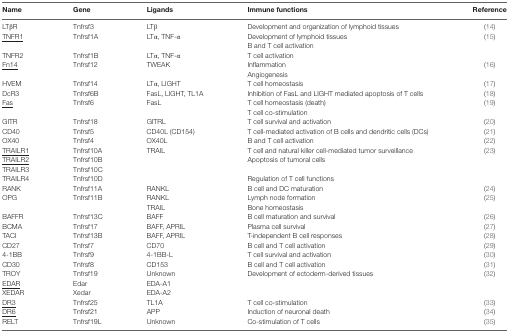
<table><thead><tr><td><b>Name</b></td><td><b>Gene</b></td><td><b>Ligands</b></td><td><b>Immune functions</b></td><td><b>Reference</b></td></tr></thead><tbody><tr><td>LTβR</td><td>Tnfrsf3</td><td>LTβ</td><td>Development and organization of lymphoid tissues</td><td>(14)</td></tr><tr><td><underline>TNFR1</underline></td><td>Tnfrsf1A</td><td>LTα, TNF-α</td><td>Development of lymphoid tissuesB and T cell activation</td><td rowspan="2">(15)</td></tr><tr><td>TNFR2</td><td>Tnfrsf1B</td><td>LTα, TNF-α</td><td>T cell activation</td></tr><tr><td><underline>Fn14</underline></td><td>Tnfrsf12</td><td>TWEAK</td><td>InflammationAngiogenesis</td><td>(16)</td></tr><tr><td>HVEM</td><td>Tnfrsf14</td><td>LTα, LIGHT</td><td>T cell homeostasis</td><td>(17)</td></tr><tr><td>DcR3</td><td>Tnfrsf6B</td><td>FasL, LIGHT, TL1A</td><td>Inhibition of FasL and LIGHT mediated apoptosis of T cells</td><td>(18)</td></tr><tr><td><underline>Fas</underline></td><td>Tnfrsf6</td><td>FasL</td><td>T cell homeostasis (death)T cell co-stimulation</td><td>(19)</td></tr><tr><td>GITR</td><td>Tnfrsf18</td><td>GITRL</td><td>T cell survival and activation</td><td>(20)</td></tr><tr><td>CD40</td><td>Tnfrsf5</td><td>CD40L (CD154)</td><td>T cell-mediated activation of B cells and dendritic cells (DCs)</td><td>(21)</td></tr><tr><td>OX40</td><td>Tnfrsf4</td><td>OX40L</td><td>B and T cell activation</td><td>(22)</td></tr><tr><td><underline>TRAILR1</underline></td><td>Tnfrsf10A</td><td rowspan="4">TRAIL</td><td rowspan="4">T cell and natural killer cell-mediated tumor surveillanceApoptosis of tumoral cellsRegulation of T cell functions</td><td rowspan="4">(23)</td></tr><tr><td><underline>TRAILR2</underline></td><td>Tnfrsf10B</td></tr><tr><td>TRAILR3</td><td>Tnfrsf10C</td></tr><tr><td>TRAILR4</td><td>Tnfrsf10D</td></tr><tr><td>RANK</td><td>Tnfrsf11A</td><td>RANKL</td><td>B cell and DC maturation</td><td>(24)</td></tr><tr><td>OPG</td><td>Tnfrsf11B</td><td>RANKLTRAIL</td><td>Lymph node formationBone homeostasis</td><td>(25)</td></tr><tr><td>BAFFR</td><td>Tnfrsf13C</td><td>BAFF</td><td>B cell maturation and survival</td><td>(26)</td></tr><tr><td>BCMA</td><td>Tnfrsf17</td><td>BAFF, APRIL</td><td>Plasma cell survival</td><td>(27)</td></tr><tr><td>TACI</td><td>Tnfrsf13B</td><td>BAFF, APRIL</td><td>T-independent B cell responses</td><td>(28)</td></tr><tr><td>CD27</td><td>Tnfrsf7</td><td>CD70</td><td>B cell and T cell activation</td><td>(29)</td></tr><tr><td>4-1BB</td><td>Tnfrsf9</td><td>4-1BB-L</td><td>T cell survival and activation</td><td>(30)</td></tr><tr><td>CD30</td><td>Tnfrsf8</td><td>CD153</td><td>B cell and T cell activation</td><td>(31)</td></tr><tr><td>TROY</td><td>Tnfrsf19</td><td>Unknown</td><td rowspan="3">Development of ectoderm-derived tissues</td><td rowspan="3">(32)</td></tr><tr><td><underline>EDAR</underline></td><td>Edar</td><td>EDA-A1</td></tr><tr><td>XEDAR</td><td>Xedar</td><td>EDA-A2</td></tr><tr><td><underline>DR3</underline></td><td>Tnfrsf25</td><td>TL1A</td><td>T cell co-stimulation</td><td>(33)</td></tr><tr><td><underline>DR6</underline></td><td>Tnfrsf21</td><td>APP</td><td>Induction of neuronal death</td><td>(34)</td></tr><tr><td>RELT</td><td>Tnfrsf19L</td><td>Unknown</td><td>Co-stimulation of T cells</td><td>(35)</td></tr></tbody></table>